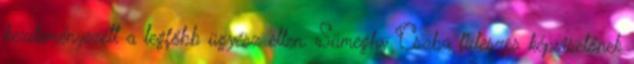
kezdeményezett a legfőbb ügyész ellen. Sümeghy Csaba fideszes képviselőnek